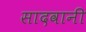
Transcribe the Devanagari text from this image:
सादवानी